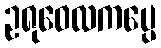
ဥရုဝေလကပ္ပေ